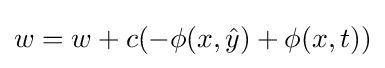
w=w+c(-\phi (x,{\hat {y}})+\phi (x,t))